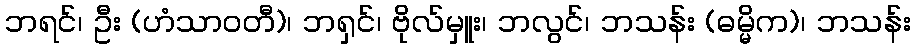
ဘရင်၊ ဦး (ဟံသာဝတီ)၊ ဘရှင်၊ ဗိုလ်မှူး၊ ဘလွင်၊ ဘသန်း (ဓမ္မိက)၊ ဘသန်း